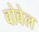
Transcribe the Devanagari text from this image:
वोवेल